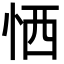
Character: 恓